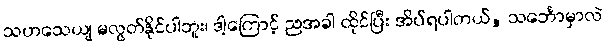
သဟသေယျ မလွတ်နိုင်ပါဘူး၊ ဒါ့ကြောင့် ညအခါ ထိုင်ပြီး အိပ်ရပါတယ်, သင်္ဘောမှာလဲ